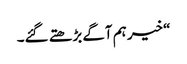
“ خیر ہم آگے بڑھتے گئے۔